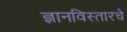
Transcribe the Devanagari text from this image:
ज्ञानविस्तारचे